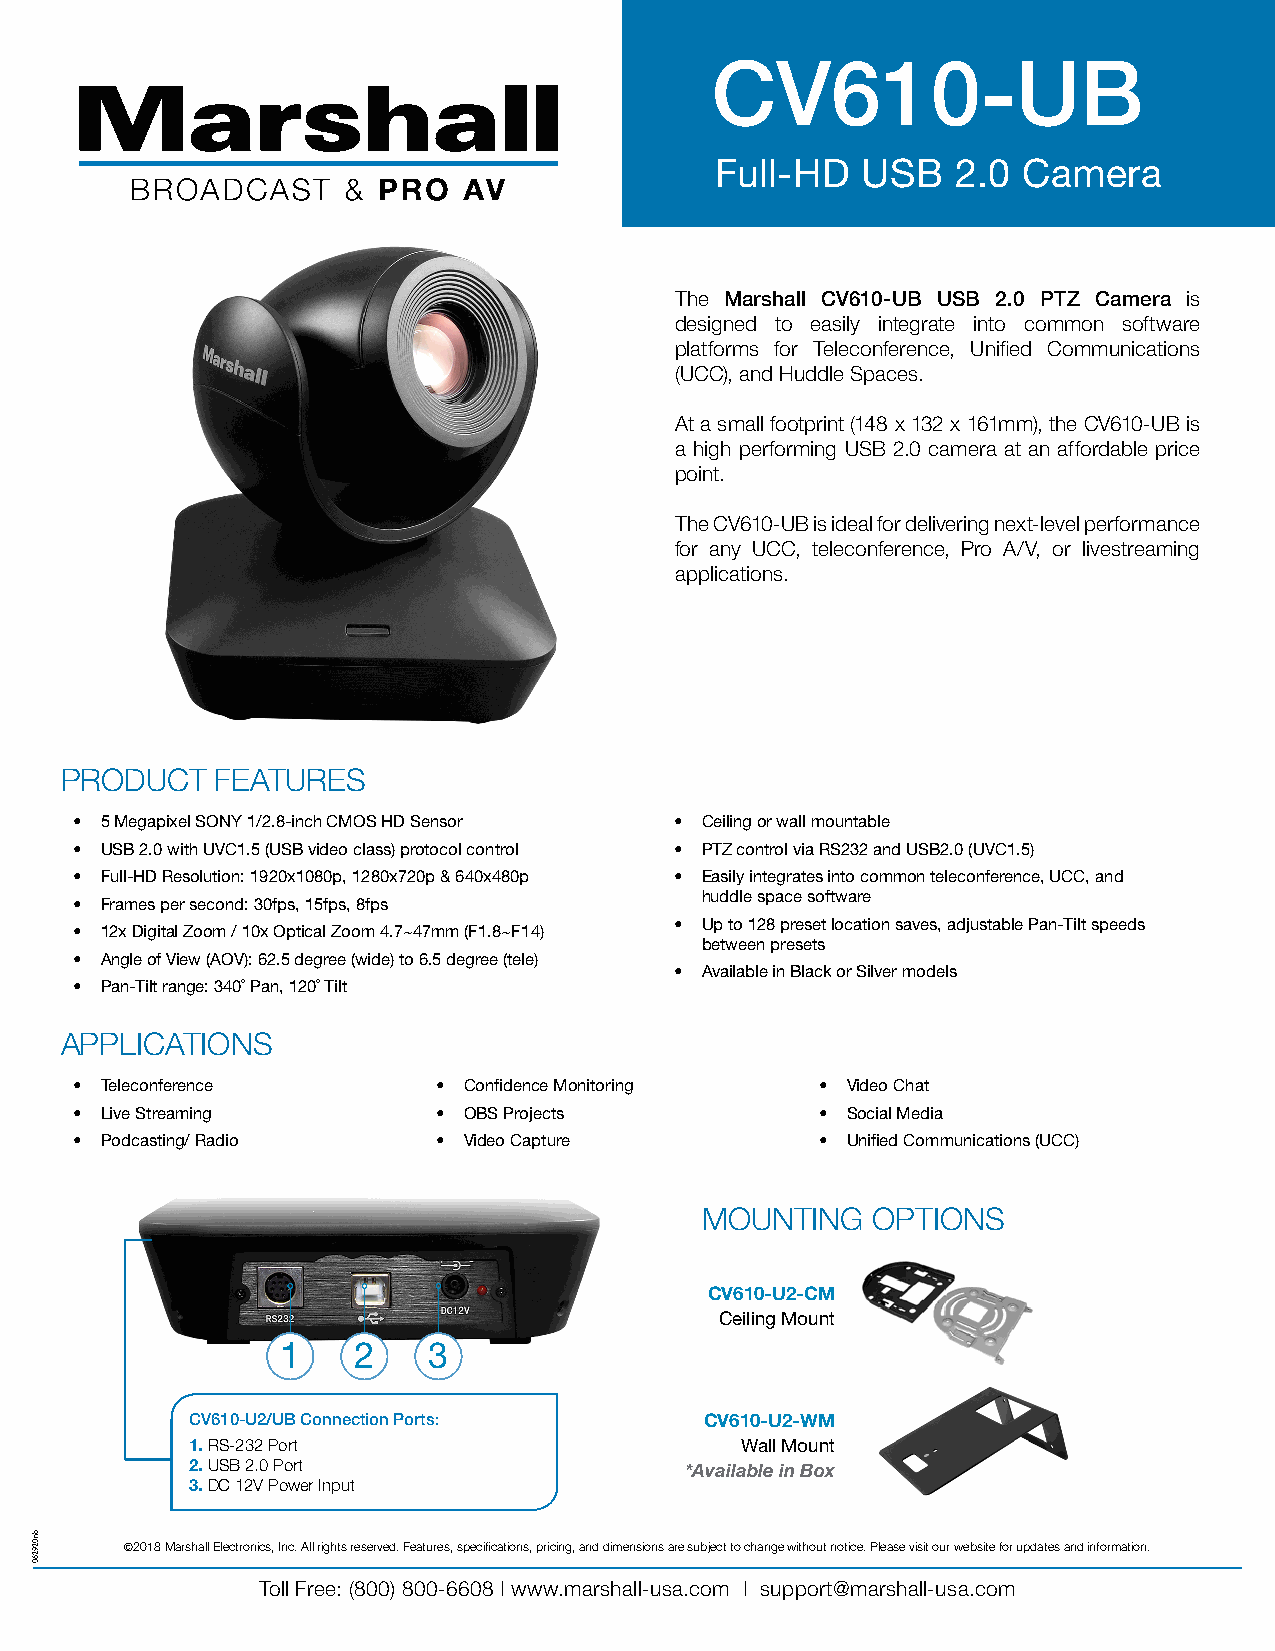
CV610-UB
 Full-HD   USB   2.0  Camera
 The Marshall CV610-UB USB 2.0 PTZ Camera is
 designed to easily integrate into common software
 platforms for Teleconference, Unified Communications
 (UCC), and Huddle Spaces.
 At a small footprint (148 x 132 x 161mm), the CV610-UB is
 a high performing USB 2.0 camera at an affordable price
 point.
 The CV610-UB is ideal for delivering next-level performance
 for any UCC, teleconference, Pro A/V, or livestreaming
 applications.
 PRODUCT   FEATURES
 • 5 Megapixel SONY 1/2.8-inch CMOS HD Sensor • Ceiling or wall mountable
 • USB 2.0 with UVC1.5 (USB video class) protocol control • PTZ control via RS232 and USB2.0 (UVC1.5)
 • Full-HD Resolution: 1920x1080p, 1280x720p & 640x480p • Easily integrates into common teleconference, UCC, and
 huddle space software
 • Frames per second: 30fps, 15fps, 8fps
 • Up to 128 preset location saves, adjustable Pan-Tilt speeds
 • 12x Digital Zoom / 10x Optical Zoom 4.7~47mm (F1.8~F14)
 between presets
 • Angle of View (AOV): 62.5 degree (wide) to 6.5 degree (tele)
 • Available in Black or Silver models
 • Pan-Tilt range: 340˚ Pan, 120˚ Tilt
 APPLICATIONS
 • Teleconference        • Confidence Monitoring  • Video Chat
 • Live Streaming        • OBS Projects           • Social Media
 • Podcasting/ Radio     • Video Capture          • Unified Communications (UCC)
 MOUNTING    OPTIONS
 CV610-U2-CM
 Ceiling Mount
 1   2    3
 CV610-U2/UB Connection Ports:     CV610-U2-WM
 1. RS-232 Port                      Wall Mount
 2. USB 2.0 Port                 *Available in Box
 3. DC 12V Power Input
 ©2018 Marshall Electronics, Inc. All rights reserved. Features, specifications, pricing, and dimensions are subject to change without notice. Please visit our website for updates and information.
 Toll Free: (800) 800-6608 | www.marshall-usa.com | support@marshall-usa.com
 bn029260